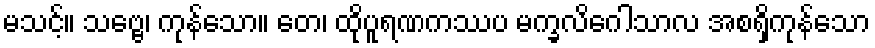
မသင့်။ သဗ္ဗေ၊ ကုန်သော။ တေ၊ ထိုပူရဏကဿပ မက္ခလိဂေါသာလ အစရှိကုန်သော